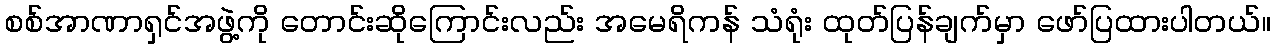
စစ်အာဏာရှင်အဖွဲ့ကို တောင်းဆိုကြောင်းလည်း အမေရိကန် သံရုံး ထုတ်ပြန်ချက်မှာ ဖော်ပြထားပါတယ်။